Calcutta medical institutions reports 1879-81 [i.e.91]
Year: 1879
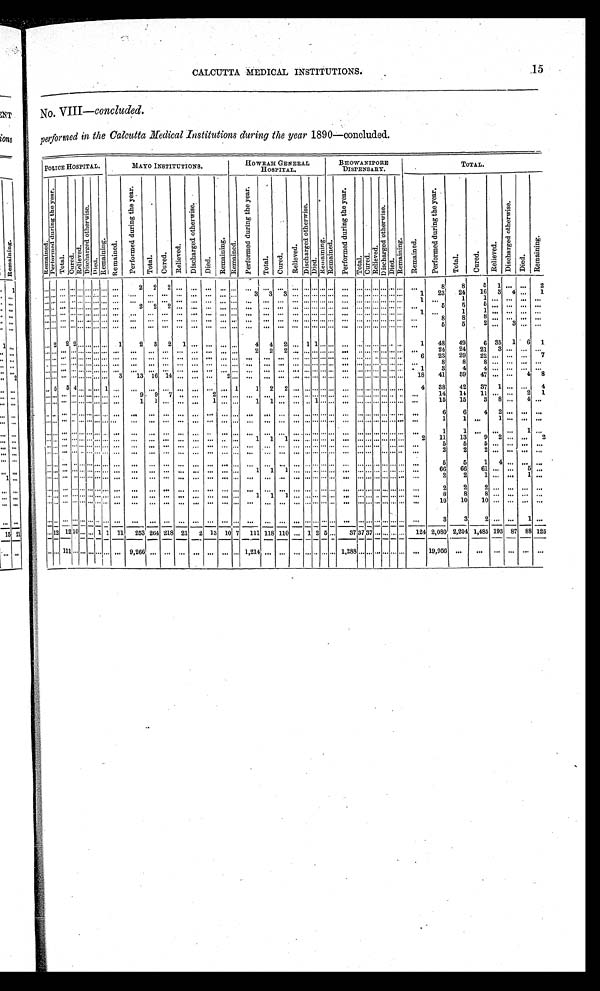
CALCUTTA MEDICAL INSTITUTIONS.
No. VIII —concluded.
performed in the Calcutta Medical Institutions during the year 1890—concluded.
POLICE HOSPITAL.
MAYO INSTITUTIONS.
HOWRAH GENERAL
HOSPITAL.
BHOWANIPORE
DISPENSARY.
TOTAL.
Re ma i ne d.
P e r f o r m e d d u r i n g t h e y e a r .
T o t a l . C u r e d . R e l i e v e d .
D i s c h a r g e d o t h e r w i s e .
D i e d .
R e m a i n i n g .
R e m a i n e d .
P e r f o r m e d d u r i n g t h e y e a r .
T o t a l .
C u r e d .
R e l i e v e d .
D i s c h a r g e d o t h e r w i s e .
D i e d .
R e m a i n i n g .
R e m a i n e d .
P e r f o r m e d d u r i n g t h e y e a r .
T o t a l .
C u r e d .
R e l i e v e d .
D i s c h a r g e d o t h e r w i s e .
D i e d . R e m a i n i n g . R e m a i n e d .
P e r f o r m e d d u r i n g t h e y e a r .
T o t a l . C u r e d .
R e l i e v e d .
D i s c h a r g e d o t h e r w i s e .
D i e d .
R e m a i n i n g .
R e m a i n e d .
P e r f o r m e d d u r i n g t h e y e a r .
T o t a l . C u r e d .
Rel i eved.
D i s c h a r g e d o t h e r w i s e .
Died.
R e m a i n i n g .
. . . . . . . . . . . . . . . . . . . . . . . .
. . .
2
2
2
. . .
. . .
. . .. ..
. . .
. . .
. . .
. . .
. . . . . . . . . . . . . . .
. . .
. . . . . . . . . . . . . . . . . .
. . .
8
8
5
1
. . .
. . .
2
. . .. . . . . .
. . . . . . . . . . . . . . . . . .
. . .
. . .
. . .
. . .
. . .
. . .
. . .. . .
. . .
3
3.
3
. . . . . . . . . . . . . . .
. . .
. . . . . . . . . . . . . . . . .
1
23
24
16
3
4 . . .
1
. . . . . .
. . . . . . . . . . . . . . . . . .
. . .
2
2
2
. . .
. . .
. . .. . .
. . .
. . .
. . .
. . .
. . . . . . . . . . . . . . .
. . .
. . . . . . . . . . . . . . . . . .
1
. . .
1
1
. . .
. . .. . .
. . .
. . . . . . . . . . . . . . . . . . . . . . . .
. . .
. . .
. . .
. . .
. . .
. . .
. . .. . .
. . .
. . .
. . .
. . .
. . . . . . . . . . . . . .
. . .
. . . . . . . . . . . . . . . . . .
. . .
5
5
5
. . .
. . .. . .
. . .
. . . . . . . . . . . . . . . . . . . . . . . . . . .
. . .
. . .
. . .
. . .
. . .
. . .
. . .. . .
. . .
. . .
. . .
. . .
. . . . . . . . . . . . . . .
. . .
. . . . . . . . . . . . . . . . . .
1
. . .
1
1
. . .
. . .. . .
. . .
. . . . . .
. . . . . . . . . . . . . . . . . .
. . .
. . .
. . .
. . .
. . .
. . .
. . . . . . . . .
. . .
. . .
. . .
. . .
. . . . . . . . . . . .
. . .
. . . . . . . . . . . . . . . . . .
. . .
8
8
8
. . .
. . . . . .
. . .
. . . . . .
. . . . . . . . . . . . . . . . . .
. . .
. . .
. . .
. . .
. . .
. . .
. . .. . .
. . .
. . .
. . .
. . .
. . . . . . . . . . . . . .
. . . . . . . . . . . . . . . . . . . . . .
. . .
5
5
2 . . .
3 . . .
. . .
. . . 2
2 2 . . . . . . . . . . . .
1
2
3
2
1
. . .
. . . . . .
. . .
4
4
2
. . . 1 1 . . . . . .
. . . . . . . . . . . . . . . . . . . . .
1
48
49
6 35
1
6
1
. . . . . .
. . . . . . . . . . . . . . . . . .
. . .
. . .
. . .
. . .
. . .
. . .
. . .. . .
. . .
2
2
2
. . . . . .
. . .
24
24
21
3
. . . . . .
. . .
. . . . . . . . .
. . . . . . . . . . . . . . . . . . . . .
23
. . . . . .
. . . . . . . . . . . . . . . . . .
. . .
. . .
. . .
. . .
. . .
. . .
. . .. . .
. . .
. . .
. . .
. . .
. . . . . . . . . . . . . . .
. . . . . . . . . . . . . . . . . . . . .
6
29
22 . . .
. . .
. . .
7
. . .
8
8
8 . . .
. . . . . .
. . .
.. . . . . .
. . . . . . . . . . . . . . . . . .
. . .
. . .
. . .
. . .
. . .
. . .
. . . . . .
. . .
. . .
. . .
. . .
. . . . . . . . . . . . . . .
. . . . . . . . . . . . . . . . . . . . .
. 1
3
. . . . . .
. . . . . . . . . . . . . . . . . .
. . .
. . .
. . .
. . .
. . .
. . .
. . .. . .
. . .
. . .
. . .
. . .
. . . . . . . . . . . . . . .
. . . . . . . . . . . . . . . . . . . . .
4
4 . . .
. . . . . .
. . .
3
1 3
1 6
1 4
. . .
. . .
. . . . . .
. . . . . . . . . . . . . . . . . .
. . .2
. . .
. . .
. . .
. . .
. . . . . . . . . . . . . . .
. . . . . . . . . . . . . . . . . . . . .
1 8
4 1
5 9
4 7
. . .
. . .
4
8
. . . 5
5 4 . . . . . . . . . 1
. . .
. . .
. . .
. . .
. . .
. . .
. . .. . .
1
1
2
2
. . . . . . . . . . . . . . .
. . . . . . . . . . . . . . . . . . . . .
4
38
42
37
1 . . .
. . .
4
. . . . . . . . . . . . . . . . . . . . . . . .
. . .
9
9
7
. . .
. . .
2 . . .
. . .
. . .
. . .
. . .
. . . . . . . . . . . . . . .
. . . . . . . . . . . . . . . . . . . . .
. . .
14
14
11 . . .
. . .
2
1
. . . . . .
. . . . . . . . . . . . . . . . . .
. . .
1
1
. . .
. . .
. . .
1 . . .
. . .
1
1
. . .
. . .
. . . 1 . . . . . .
. . . . . . . . . . . . . . . . . . . . .
. . .
15
15
3
8 . . .
4
. . .
. . . . . .
. . . . . . . . . . . . . . . . . .
. . .
. . .
. . .
. . .
. . .
. . .
. . .. . .
. . .
. . .
. . .
. . .
. . . . . . . . . . . . . . . .. . .
. . . . . . . . . . . . . . . . . .
. . .
6
6
4
2
. . .
. . .
. . .
. . . . . .
. . . . . . . . . . . . . . . . . .
. . .
. . .
. . .
. . .
. . .
. . .
. . .. . .
. . .
. . .
. . .
. . .
. . . . . . . . . . . . . . .
. . . . . . . . . . . . . . . . . . . . .
. . .
1
1
. . .
1
. . .
. . .
. . .
. . . . . .
. . . . . . . . . . . . . . . . . .
. . .
. . .
. . .
. . .
. . .
. . .
. . .. . .
. . .
. . .
. . .
. . .
. . . . . . . . . . . . . . .
. . . . . . . . . . . . . . . . . . . . .
. . .
1
1
. . . . . .
. . .
1
. . .
. . . . . .
. . . . . . . . . . . . . . . . . .
. . .
. . .
. . .
. . .
. . .
. . .
. . .. . .
. . .
1
1
1
. . . . . . . . . . . . . . .
. . . . . . . . . . . . . . . . . . . . .
2
11
13
9
2
. . . . . .
2
. . . . . .
. . . . . . . . . . . . . . . . . .
. . .
. . .
. . .
. . .
. . .
. . .
. . .. . .
. . .
. . .
. . .
. . .
. . .
. . . . . . . . . . . .
. . .
. . . . . . . . . . . . . . . . . .
. . .
5
5
5
. . .
. . .. . .
. . .
. . . . . .
. . . . . . . . . . . . . . . . . .
. . .
. . .
. . .
. . .
. . .
. . .
. . .. . .
. . .
. . .
. . .
. . .
. . . . . . . . . . . . . . .
. . .
. . . . . . . . . . . . . . . . . .
. . .
2
2
2
. . .
. . .. . .
. . .
. . . . . .
. . . . . . . . . . . . . . . . . .
. . .
. . .
. . .
. . .
. . .
. . .
. . .. ..
. . .
. . .
. . .
. . .
. . . . . . . . .. . . . . .
. . .
. . . . . . . . . . . . . . . . . .
. . .
5
5
1
4
. . . . . .
. . .
. . . . . .
. . . . . . . . . . . . . . . . . .
. . .
. . .
. . .
. . .
. . .
. . .
. . .. . .
. . .
1
1
1
. . . . . . . . . . . . . . .
. . . . . . . . . . . . . . . . . . . . .
. . .
66
66
61 . . .
. . .
5
. . .
. . . . . .
. . . . . . . . . . . . . . . . . .
. . .
. . .
. . .
. . .
. . .
. . .
. . .. . .
. . .
. . .
. . .
. . .
. . . . . . . . . . . . . . .
. . . . . . . . . . . . . . . . . . . . .
. . .
2
2
1 . . .
. . .
1
. . .
. . . . . .
. . . . . . . . . . . . . . . . . .
. . .
. . .
. . .
. . .
. . .
. . .
. . .. . .
. . .
. . .
. . .
. . .
. . . . . . . . . . . . . . .
. . . . . . . . . . . . . . . . . . . . .
. . .
2
2
2 . . .
. . . . . .
. . .
. . . . . .
. . . . . . . . . . . . . . . . . .
. . .
. . .
. . .
. . .
. . .
. . .
. . . . . .
. . .
1
1
1
. . . . . . . . . . . . . . .
. . . . . . . . . . . . . . . . . . . . .
. . .
8
8
8 . . .
. . . . . .
. . .
. . . . . .
. . . . . . . . . . . . . . . . . .
. . .
. . .
. . .
. . .
. . .
. . .
. . .. . .
. . .
. . .
. . .
. . .
. . . . . . . . . . . . . . .
. . . . . . . . . . . . . . . . . . . . .
. . .
10
10
10 . . .
. . . . . .
. . .
. . . . . .
. . . . . . . . . . . . . . . . . .
. . .
. . .
. . .
. . .
. . .
. . .
. . .. . .
. . .
. . .
. . .
. . .
. . . . . . . . . . . . . . .
. . .
. . . . . . . . .
. . .
. . .
. . .
. . .
3
3
2 . . .
. . .
1
. . .
. . . 12 12 10 . . .
. . . 1 1 11
253
_
264
_
218
____
21
2
1 3
10 7
111 118 110
. . . 1 2 5 . . .
37 37 3 7 . . . . . . . . . . . . 124 2,080 2,204 1,485 193 87 88 125
. . . 111
. . . . . . . . . . . . . . .
. . .
. . . 9,266
. . .
. . .
. . .
. . .
. . . . . .
. . .
_
1,214 . . .
. . . . . .
. . .
. . .
. . .
1,288
. . .
. . . . . . . . . . . . . . . . . .
. . . 19,956
. . .
. . .
. . .
. . . . . .
. . .
.15